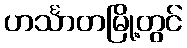
ဟင်္သာတမြို့တွင်